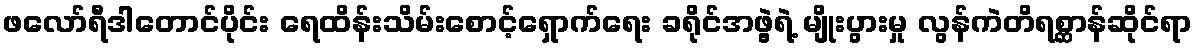
ဖလော်ရီဒါတောင်ပိုင်း ရေထိန်းသိမ်းစောင့်ရှောက်ရေး ခရိုင်အဖွဲ့ရဲ့ မျိုးပွားမှု လွန်ကဲတိရစ္ဆာန်ဆိုင်ရာ